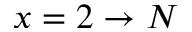
x = 2 \rightarrow N